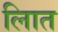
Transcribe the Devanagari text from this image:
लिात